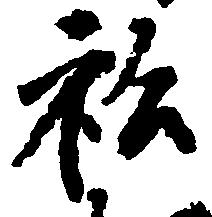
私